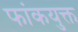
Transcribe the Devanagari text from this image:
फांकयुक्त